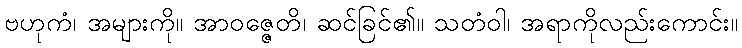
ဗဟုကံ၊ အများကို။ အာဝဇ္ဇေတိ၊ ဆင်ခြင်၏။ သတံဝါ၊ အရာကိုလည်းကောင်း။